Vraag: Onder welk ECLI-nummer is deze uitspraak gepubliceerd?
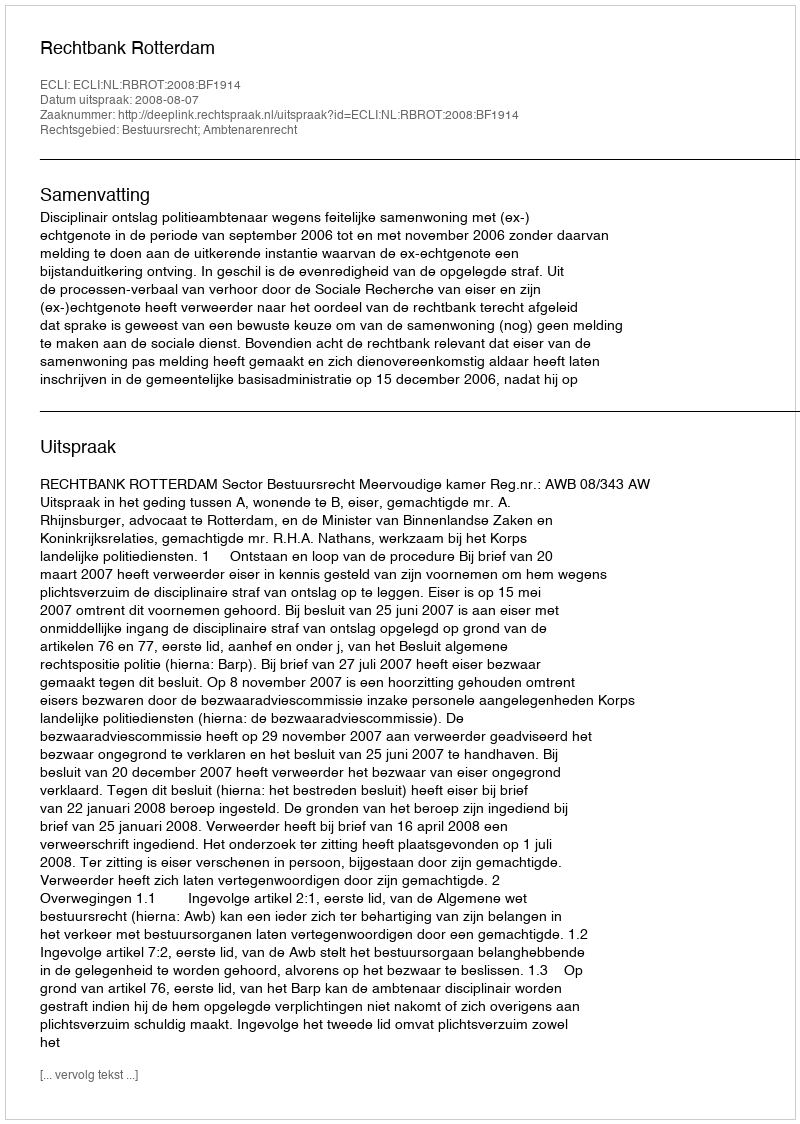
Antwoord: ECLI:NL:RBROT:2008:BF1914